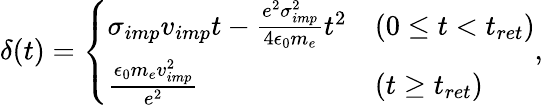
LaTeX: \delta(t)=\left\{ \begin{array}{ll}{\sigma_{imp}v_{imp}t-\frac{e^{2}\sigma_{imp}^{2}}{4\epsilon_{0}m_{e}}t^{2}}&{(0\leq t<t_{ret})}\\ {\frac{\epsilon_{0}m_{e}v_{imp}^{2}}{e^{2}}}&{(t\geq t_{ret})}\end{array}\right.,